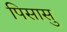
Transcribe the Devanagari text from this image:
पिसासु